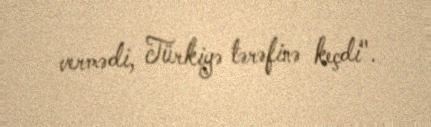
vermədi, Türkiyə tərəfinə keçdi".